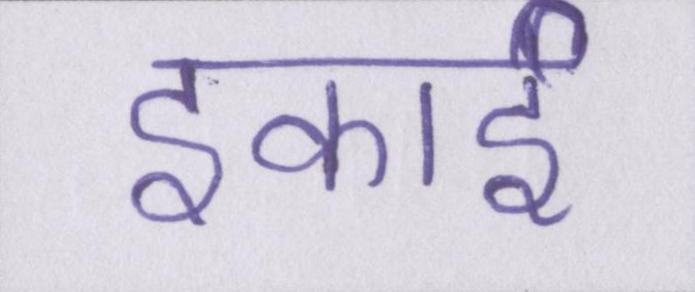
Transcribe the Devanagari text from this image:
इकाई